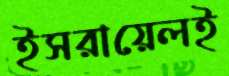
ইসরায়েলই